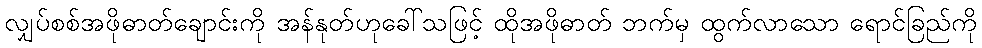
လျှပ်စစ်အဖိုဓာတ်ချောင်းကို အန်နုတ်ဟုခေါ်သဖြင့် ထိုအဖိုဓာတ် ဘက်မှ ထွက်လာသော ရောင်ခြည်ကို